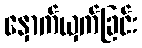
နှောက်ယှက်ခြင်း